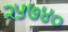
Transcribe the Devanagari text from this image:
२५७४०